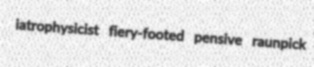
iatrophysicist fiery-footed pensive raunpick